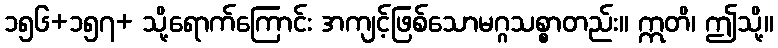
၁၅၆+၁၅၇+ သို့ရောက်ကြောင်း အကျင့်ဖြစ်သောမဂ္ဂသစ္စာတည်း။ ဣတိ၊ ဤသို့။